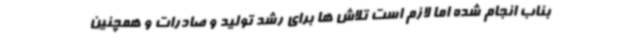
بناب انجام شده اما لازم است تلاش ها برای رشد تولید و صادرات و همچنین